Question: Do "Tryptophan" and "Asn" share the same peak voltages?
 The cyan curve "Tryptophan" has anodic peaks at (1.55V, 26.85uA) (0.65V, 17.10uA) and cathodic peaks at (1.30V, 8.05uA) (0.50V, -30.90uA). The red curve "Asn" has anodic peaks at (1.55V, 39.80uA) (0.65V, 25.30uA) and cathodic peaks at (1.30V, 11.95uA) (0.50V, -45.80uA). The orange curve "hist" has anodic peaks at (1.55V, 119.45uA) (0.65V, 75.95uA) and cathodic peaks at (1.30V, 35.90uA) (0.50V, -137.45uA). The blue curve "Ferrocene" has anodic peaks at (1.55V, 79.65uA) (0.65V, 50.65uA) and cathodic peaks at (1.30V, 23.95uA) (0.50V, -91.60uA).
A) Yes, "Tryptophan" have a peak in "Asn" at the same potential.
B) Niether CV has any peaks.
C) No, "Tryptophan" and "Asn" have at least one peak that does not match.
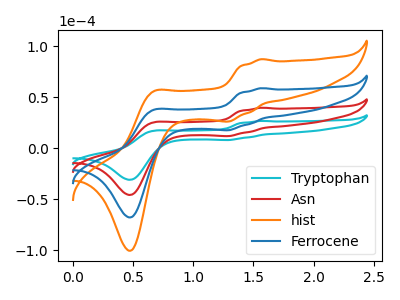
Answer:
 <answer>A) Yes, "Tryptophan" have a peak in "Asn" at the same potential.</answer>
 <eval>A</eval>